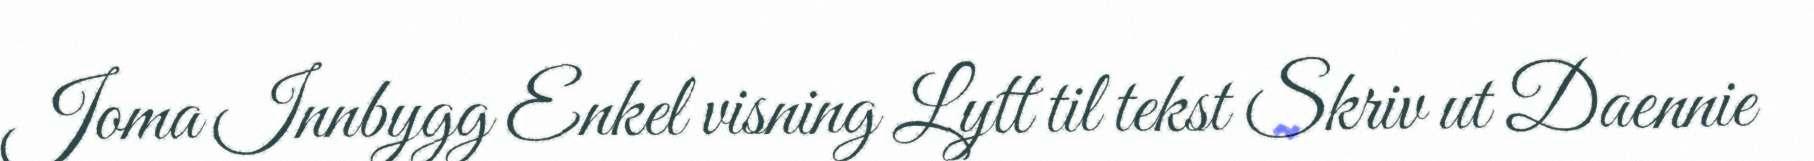
Joma Innbygg Enkel visning Lytt til tekst Skriv ut Daennie